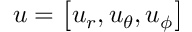
\boldsymbol { u } = \left[ u _ { r } , u _ { \theta } , u _ { \phi } \right]